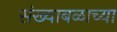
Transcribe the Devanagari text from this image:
संख्याबळाच्या